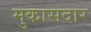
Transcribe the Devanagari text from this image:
मुकासदार